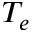
T _ { e }